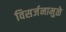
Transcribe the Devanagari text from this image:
विसर्जनामुळे